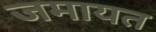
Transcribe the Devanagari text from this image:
जमायत